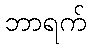
ဘာရက်